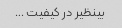
بینظیر در کیفیت …